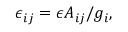
\epsilon _ { i j } = \epsilon A _ { i j } / g _ { i } ,